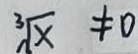
\sqrt [ 3 ] { x } \neq 0